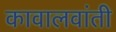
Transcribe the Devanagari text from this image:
कावालवांती